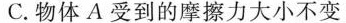
C.物体A受到的摩擦力大小不变